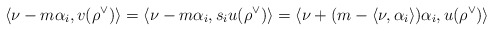
\begin{align*}\langle \nu - m \alpha_i, v(\rho^\vee) \rangle = \langle \nu - m \alpha_i, s_i u(\rho^\vee) \rangle = \langle \nu + (m-\langle \nu, \alpha_i \rangle) \alpha_i, u(\rho^\vee) \rangle\end{align*}